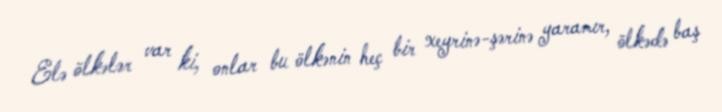
Elə ölkələr var ki, onlar bu ölkənin heç bir xeyrinə-şərinə yaramır, ölkədə baş